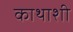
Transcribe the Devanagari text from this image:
काथाशी